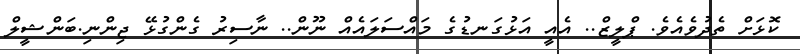
ކޮޅަށް ތެދުވެއެވެ. ޕްލީޒް.. އެއީ އަޅުގަނޑުގެ މައްސަލައެއް ނޫން.. ނާސިރު ގެންގުޅޭ ޖިންނި.ބަންޝީލް